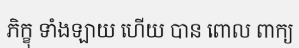
ភិក្ខុ ទាំងឡាយ ហើយ បាន ពោល ពាក្យ